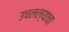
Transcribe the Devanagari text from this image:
उचलल्याचा